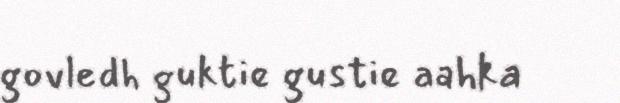
govledh guktie gustie aahka